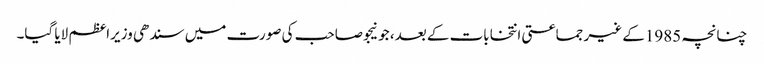
چنانچہ 1985کے غیر جماعتی انتخابات کے بعد، جونیجو صاحب کی صورت میں سندھی وزیراعظم لایا گیا۔